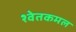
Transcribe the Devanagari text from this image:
श्वेतकमल